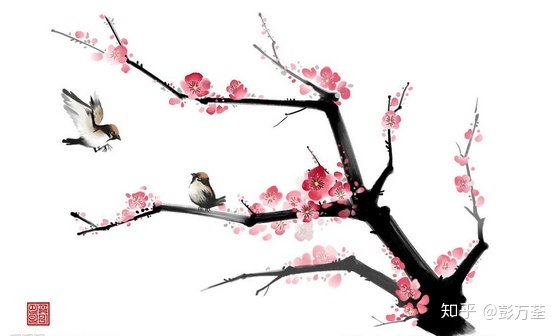
阑风伏雨催寒食，樱桃一夜花狼藉。